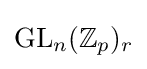
{\text{GL}}_{n}(\mathbb {Z} _{p})_{r}